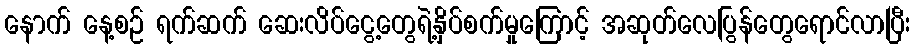
နောက် နေ့စဉ် ရက်ဆက် ဆေးလိပ်ငွေ့တွေရဲ့နှိပ်စက်မှုကြောင့် အဆုတ်လေပြွန်တွေရောင်လာပြီး